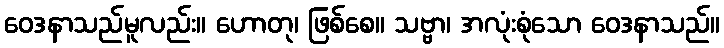
ဝေဒနာသည်မူလည်း။ ဟောတု၊ ဖြစ်စေ။ သဗ္ဗာ၊ အလုံးစုံသော ဝေဒနာသည်။